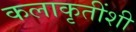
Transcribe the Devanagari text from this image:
कलाकृतींशी